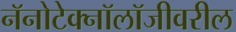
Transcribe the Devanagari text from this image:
नॅनोटेक्नॉलॉजीवरील